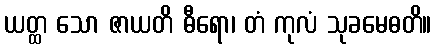
ယတ္ထ သော ဇာယတိ ဓီရော၊ တံ ကုလံ သုခမေဓတိ။